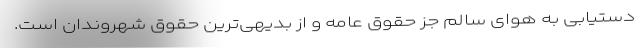
دستیابی به هوای سالم جز حقوق عامه و از بدیهی‌ترین حقوق شهروندان است.